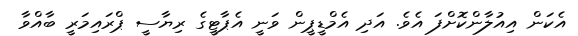
އެކަން އިއުލާންކޮށްފަ އެވެ. އަދި އެމްޑީޕީން ވަނީ އެޕާޓީގެ ރިޔާސީ ޕްރައިމަރީ ބާއްވާ